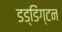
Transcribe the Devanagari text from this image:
डड्डिंग्टन